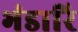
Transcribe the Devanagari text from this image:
भंडारि